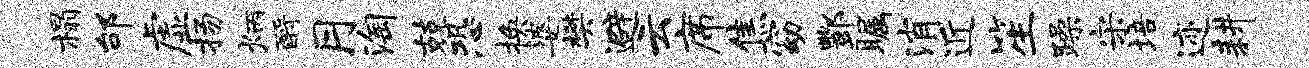
榻邰虚扬炳酹月淘兢恐换婆樊避云席焦窈酆瞩消近笙躁宋培迹耕